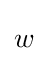
{\begin{aligned}w\end{aligned}}